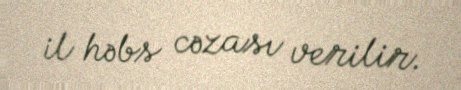
il həbs cəzası verilir.